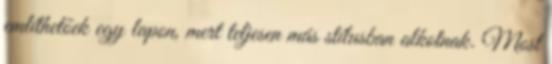
említhetőek egy lapon, mert teljesen más stílusban alkotnak. Most